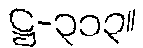
ဋ္ဌ-၃၁၃။